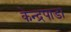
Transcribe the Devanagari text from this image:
केन्द्रपाडा